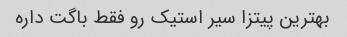
بهترین پیتزا سیر استیک رو فقط باگت داره